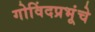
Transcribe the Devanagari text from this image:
गोविंदप्रभूंचे